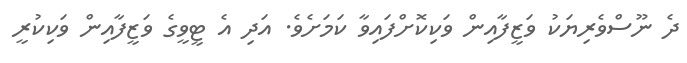
ދެ ނޫސްވެރިޔަކު ވަޒީފާއިން ވަކިިކޮށްފައިވާ ކަމަށެވެ. އަދި އެ ޓީވީގެ ވަޒީފާއިން ވަކިކުރީ